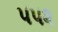
૫૫૨